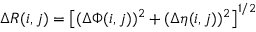
\Delta R ( i , j ) = \left[ ( \Delta \Phi ( i , j ) ) ^ { 2 } + ( \Delta \eta ( i , j ) ) ^ { 2 } \right] ^ { 1 / 2 }